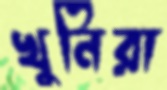
খুনিরা